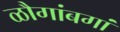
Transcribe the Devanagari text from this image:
ळौगांबगां